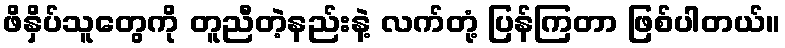
ဖိနှိပ်သူတွေကို တူညီတဲ့နည်းနဲ့ လက်တုံ့ ပြန်ကြတာ ဖြစ်ပါတယ်။